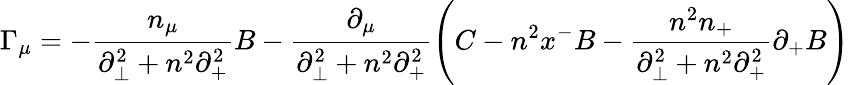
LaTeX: {\Gamma}_{\mu}=-\frac{n_{\mu}}{{\partial}_{\bot}^{2}+n^{2}{\partial}_{+}^{2}}B-\frac{{\partial}_{\mu}}{{\partial}_{\bot}^{2}+n^{2}{\partial}_{+}^{2}}\left(C-n^{2}x^{-}B-\frac{n^{2}n_{+}}{{\partial}_{\bot}^{2}+n^{2}{\partial}_{+}^{2}}{\partial}_{+}B\right)